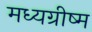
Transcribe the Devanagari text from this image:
मध्यग्रीष्म